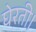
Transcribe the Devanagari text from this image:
घेरती।